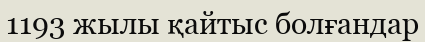
1193 жылы қайтыс болғандар